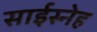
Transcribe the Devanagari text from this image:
साईस्नेह